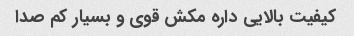
کیفیت بالایی داره مکش قوی و بسیار کم صدا